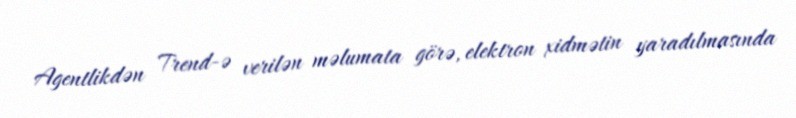
Agentlikdən Trend-ə verilən məlumata görə, elektron xidmətin yaradılmasında